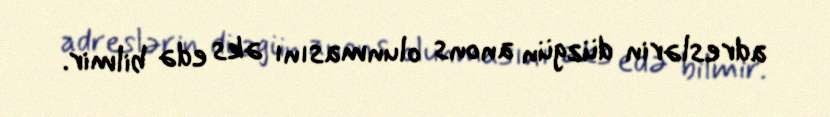
adreslərin düzgün anons olunmasını əks edə bilmir.